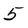
Character: 5